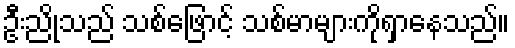
ဦးညိုသည် သစ်ဖြောင့် သစ်မာများကိုရှာနေသည်။